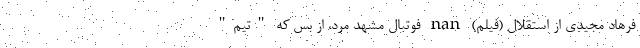
فرهاد مجیدی از استقلال (فیلم) nan فوتبال مشهد مُرد، از بس که "تیم"